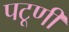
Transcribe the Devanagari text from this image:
पटूणी